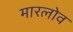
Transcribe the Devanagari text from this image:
मारलोव